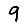
Digit: 9